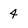
Character: 4